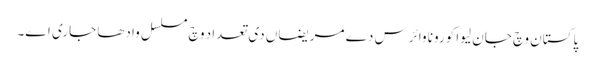
پاکستان وچ جان لیوا کورونا وائرس دے مریضاں دی تعداد وچ مسلسل وادھا جاری اے۔